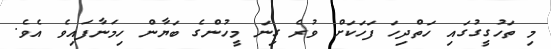
މި ތަހުގީގުގައި ހަތްދިހަ ފަހަކަށް ވުރެ ގިނަ މީހުންގެ ބަޔާން ހިމަނާފައިވެ އެވެ.